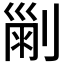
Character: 𠞤